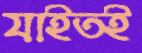
যাইতই